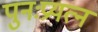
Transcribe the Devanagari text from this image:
पुनःप्रयत्न